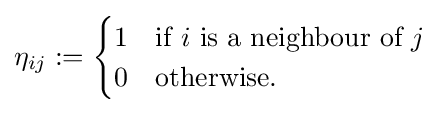
\eta _{ij}:={\begin{cases}1&{\mbox{if}}\ i{\mbox{ is a neighbour of }}j\\0&{\mbox{otherwise}}.\end{cases}}